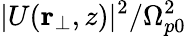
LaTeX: |U(\mathbf{r}_{\bot},z)|^{2}/\Omega_{p0}^{2}